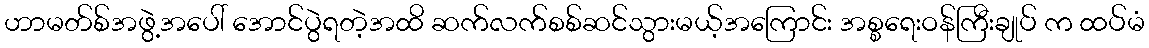
ဟာမတ်စ်အဖွဲ့အပေါ် အောင်ပွဲရတဲ့အထိ ဆက်လက်စစ်ဆင်သွားမယ့်အကြောင်း အစ္စရေးဝန်ကြီးချုပ် က ထပ်မံ